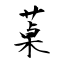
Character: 菒